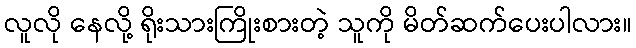
လူလို နေလို့ ရိုးသားကြိုးစားတဲ့ သူကို မိတ်ဆက်ပေးပါလား။